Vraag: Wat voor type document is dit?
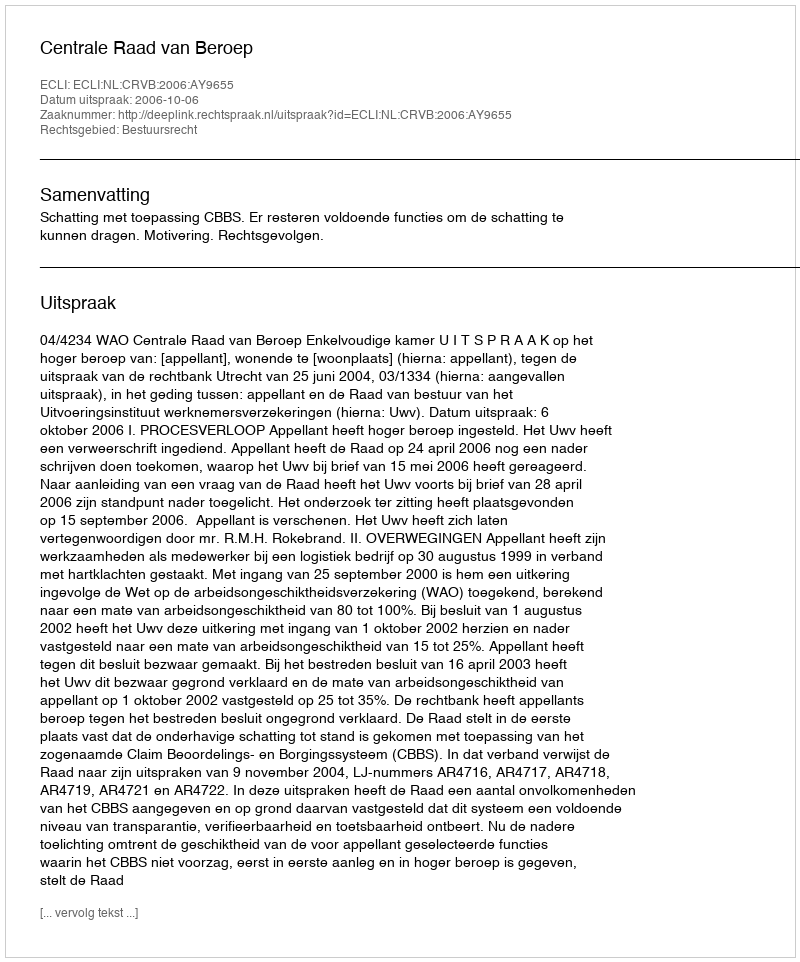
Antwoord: Uitspraak